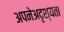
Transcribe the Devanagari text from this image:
अपनेअदृश्यता